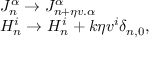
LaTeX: \begin{array} { l c r } { { J _ { n } ^ { \alpha } \to J _ { n + \eta v . { \alpha } } ^ { \alpha } } } \\ { { H _ { n } ^ { i } \to H _ { n } ^ { i } + k \eta v ^ { i } \delta _ { n , 0 } , } } \end{array}